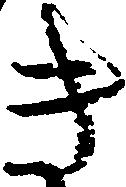
き